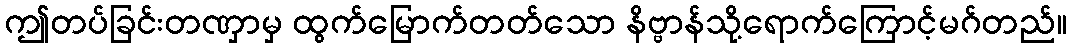
ဤတပ်ခြင်းတဏှာမှ ထွက်မြောက်တတ်သော နိဗ္ဗာန်သို့ရောက်ကြောင့်မဂ်တည်။